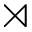
\rtimes